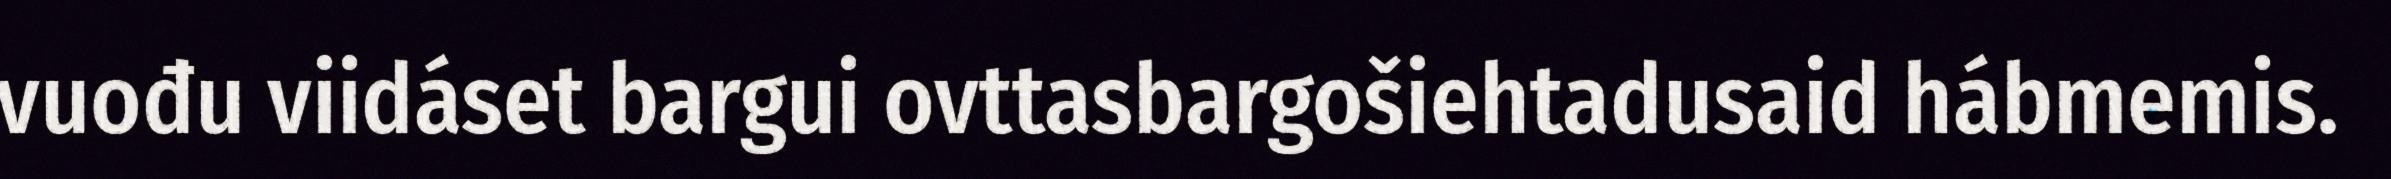
vuođu viidáset bargui ovttasbargošiehtadusaid hábmemis.